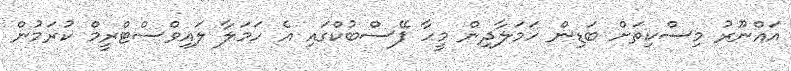
އައްނޫރު މިސްކިތަށް ބަޑިން ހަމަލާދިން މީހާ ފޭސްބުކްގައި އެ ހަމަލާ ލައިވްސްޓްރީމް ކުރަމުން